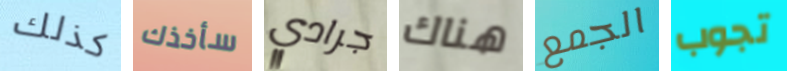
كذلك سأخذك جرادي هناك الجمع تجوب